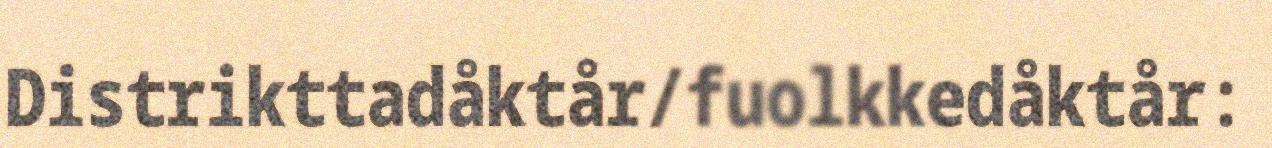
Distrikttadåktår/fuolkkedåktår: